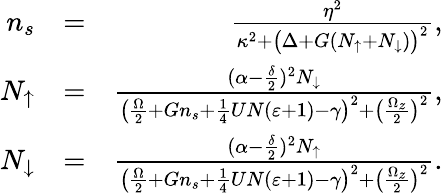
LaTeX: \begin{array}{rlr}{n_{s}}&{=}&{\frac{\eta^{2}}{\kappa^{2}+\big(\Delta+G(N_{\uparrow}+N_{\downarrow})\big)^{2}},}\\ {N_{\uparrow}}&{=}&{\frac{(\alpha-\frac{\delta}{2})^{2}N_{\downarrow}}{\big(\frac{\Omega}{2}+Gn_{s}+\frac{1}{4}UN(\varepsilon+1)-\gamma\big)^{2}+\big(\frac{\Omega_{z}}{2}\big)^{2}},}\\ {N_{\downarrow}}&{=}&{\frac{(\alpha-\frac{\delta}{2})^{2}N_{\uparrow}}{\big(\frac{\Omega}{2}+Gn_{s}+\frac{1}{4}UN(\varepsilon+1)-\gamma\big)^{2}+\big(\frac{\Omega_{z}}{2}\big)^{2}}.}\end{array}